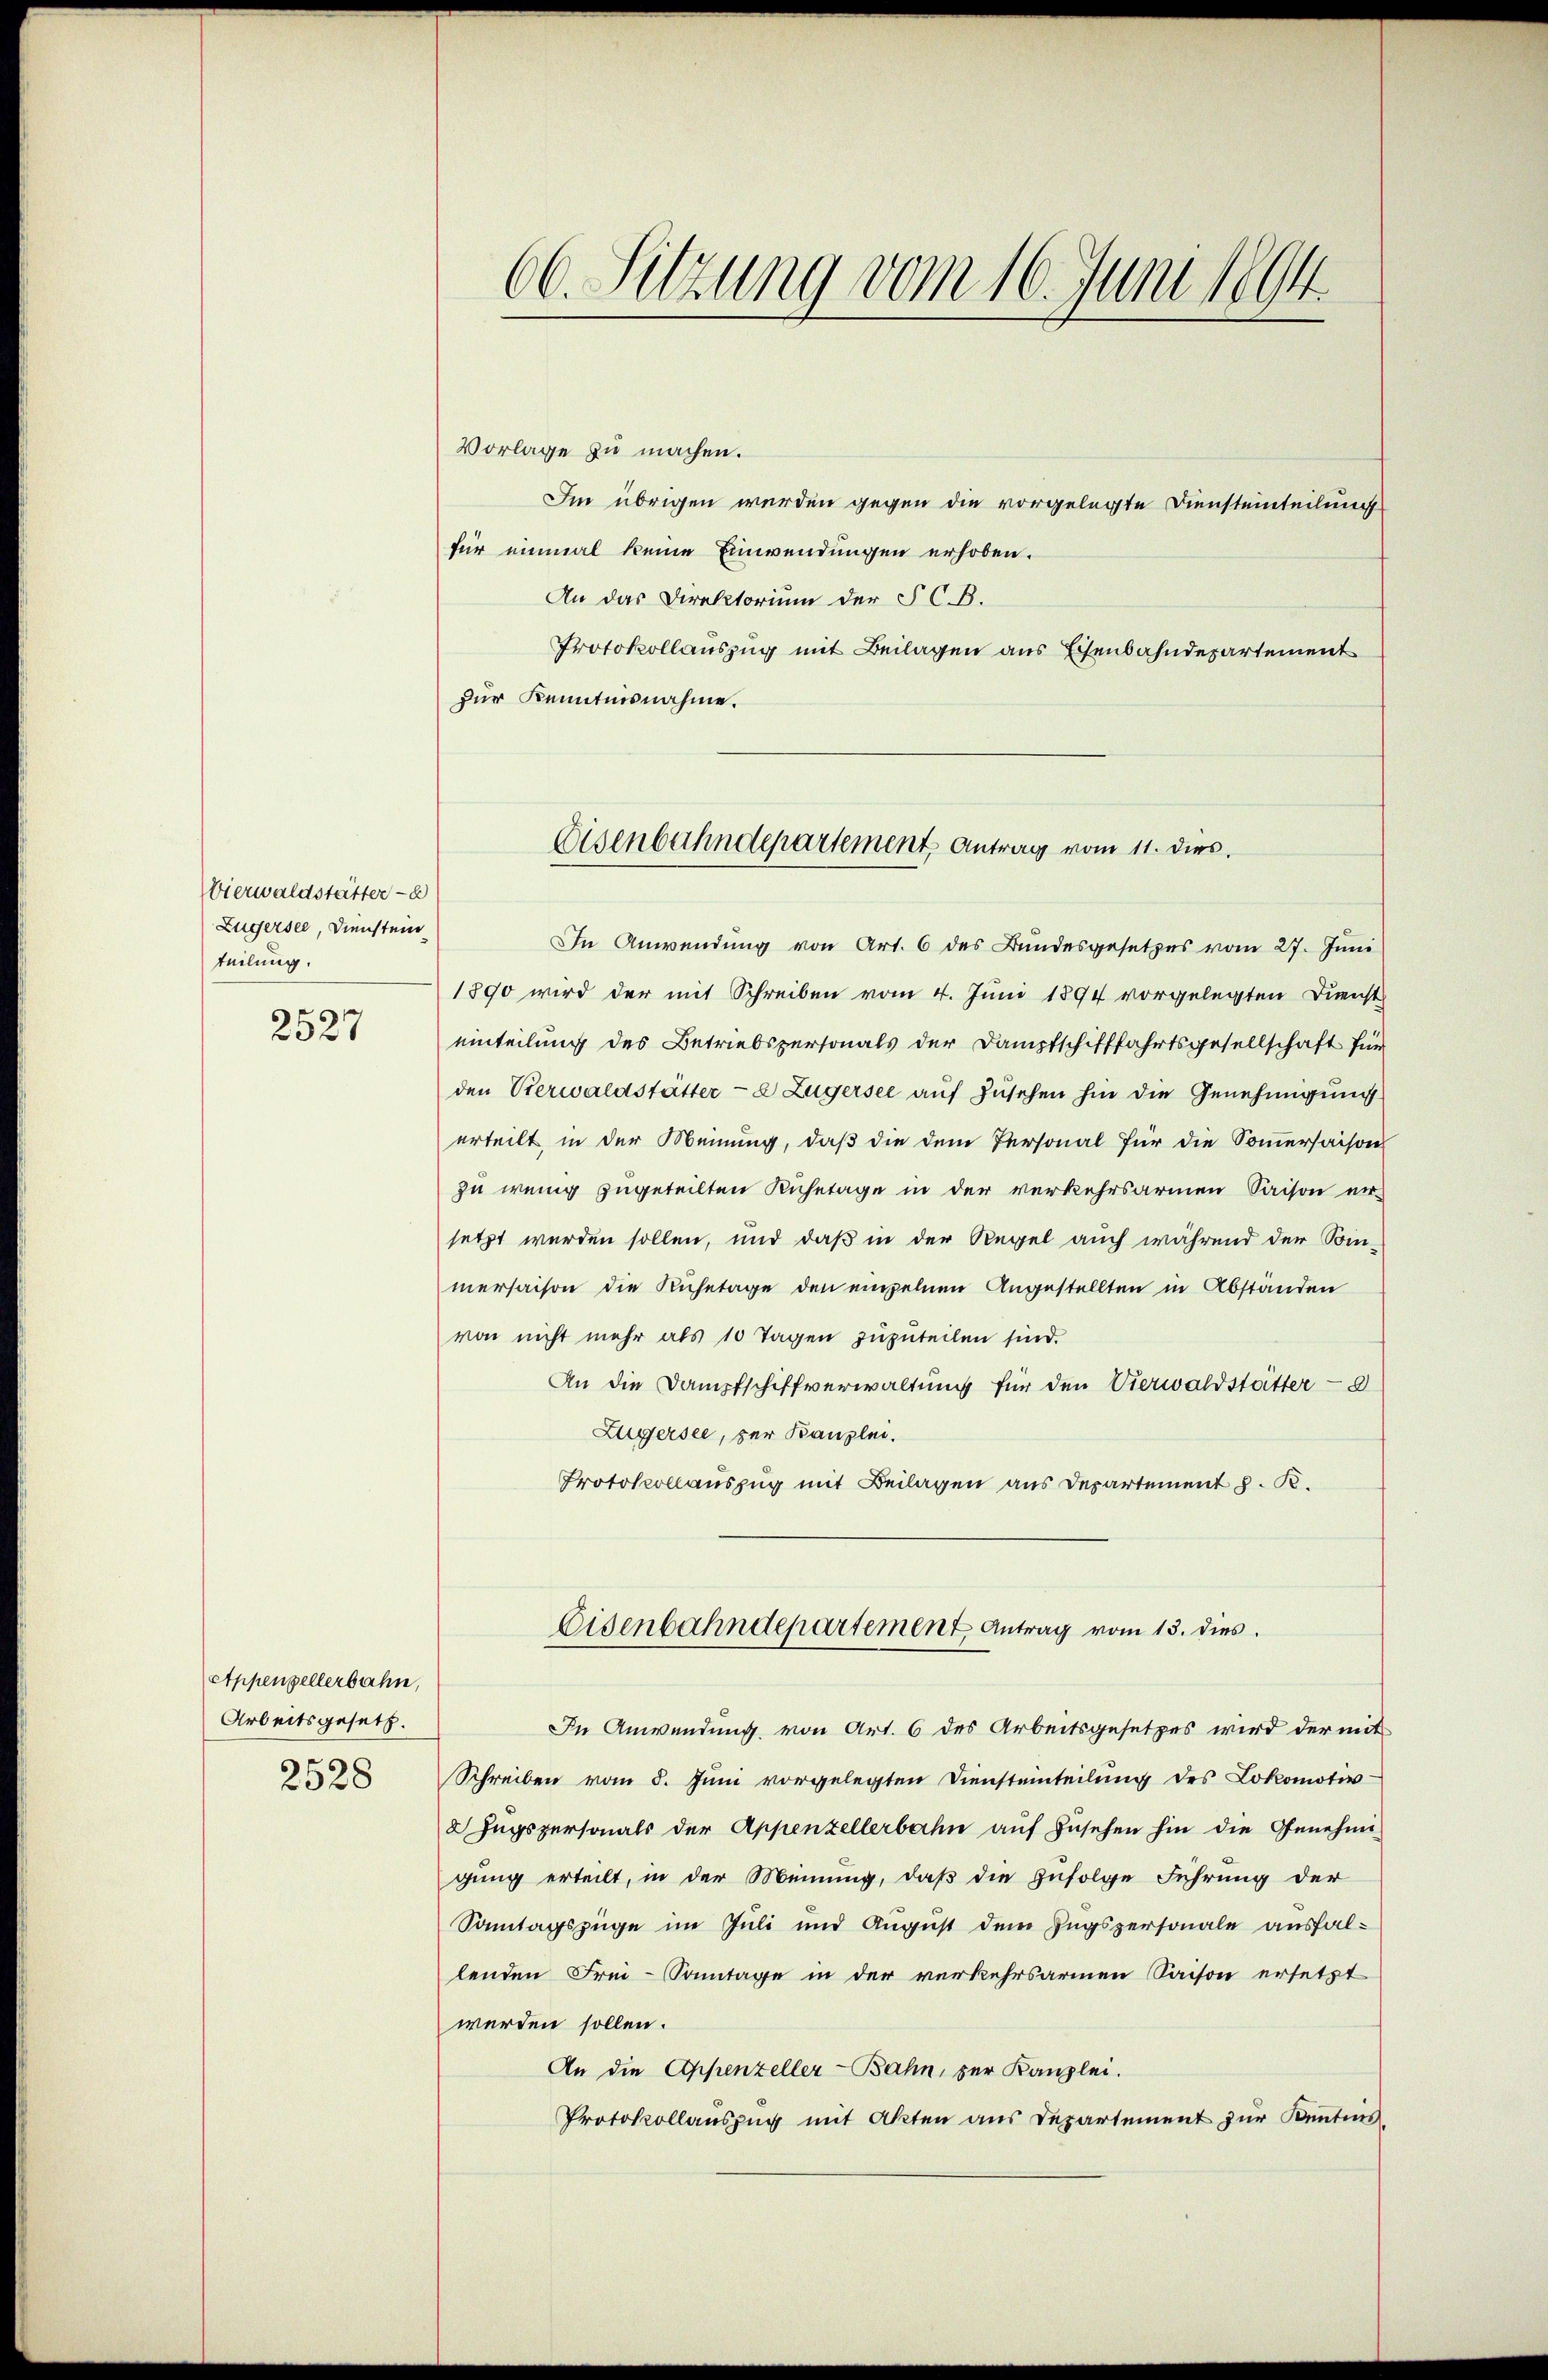
Vierwaldstätter- u
Zügersee, Dienstein
teilung.

2527

Appenzellerbahn,
Arbeitsgesetz.
2528

Vorlage zu machen.
Im übrigen werden gegen die vorgelegte Diensteinteilung
für einmal keine Einwendungen erhoben.
An das Direktorium der SC.B.
Protokollauszug mit Beilagen aus Eisenbahndepartement
zur Kenntnisnahme.

66. Sitzung vom 16. Juni 1894.

Eisenbahndepartement, Antrag vom 11. dies.

In Anwendung von Art. 6 des Bundesgesetzes vom 27. Juni
1890 wird der mit Schreiben vom 4. Juni 1894 vorgelegten Dienst
einteilung des Betriebspersonals der Dampfschifffahrtsgesellschaft für
den Verwaldstätter- & Zugersee auf zusehen hin die Genehmigung
erteilt in der Meinung, daß die dem Personal für die Sommersaison
zu wenig zugeteilten Ruhetage in der verkehrsarmen Saison ver-
setzt werden sollen, und daß in der Regel auch während der Sinmersaison die Ruhetage den einzelnen Angestellten in Abständen
von nicht mehr als 10 Tagen zuzuteilen sind.
An die Dampfschiffverwaltung für den Vierwaldstätter d
Zuersee, der Kanzlei.
Protokollauszug mit Beilagen aus Departement J. K.
Eisenbahndepartement Antrag vom 13. dies
In Anwendung von Art. 6 des Arbeitsgesetzes wird der mit
Schreiben vom 5. Juni vorgelegten Diensteinteilung des Lokomotiv
2 Zugspersonals der Appenzellerbahn auf Zusehen hin die Genehmi-
gung erteilt, in der Meinung, daß die zufolge Führung der
Sonntagszüge im Juli und August dem Zugspersonale ausfallenden Frei-Sonntage in der verkehrsarmen Saison ersetzt
werden sollen.
An die Appenzeller-Bahn, der Kanzlei.
Protokollauszug mit Akten aus Departement zur Kentens